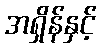
အရှိန်နှင့်